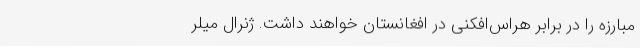
مبارزه را در برابر هراس‌افکنی در افغانستان خواهند داشت. ژنرال میلر